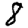
Digit: 8